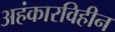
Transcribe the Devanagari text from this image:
अहंकारविहीन